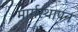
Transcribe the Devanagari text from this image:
मार्गस्थापन